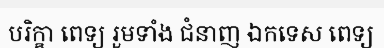
បរិក្ខា ពេទ្យ រួមទាំង ជំនាញ ឯកទេស ពេទ្យ